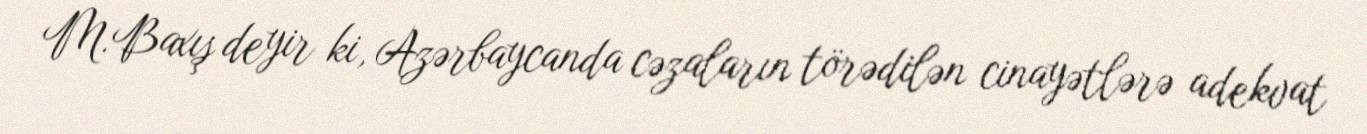
M.Baxış deyir ki, Azərbaycanda cəzaların törədilən cinayətlərə adekvat